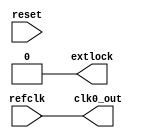
/*
 * My RISC-V RV32I CPU
 *   PLL Dummy Module for Verilog Simulation
 *    Verilog code
 * @auther		Yoshiki Kurokawa <yoshiki.k963@gmail.com>
 * @copylight	2021 Yoshiki Kurokawa
 * @license		https://opensource.org/licenses/MIT     MIT license
 * @version		0.1
 */

module pll(
	input refclk,
	input reset,
	//output stdby,
	output extlock,
	output clk0_out

	);

//assign stdby = 1'b0;
assign extlock = 1'b0;
assign clk0_out = refclk;

endmodule